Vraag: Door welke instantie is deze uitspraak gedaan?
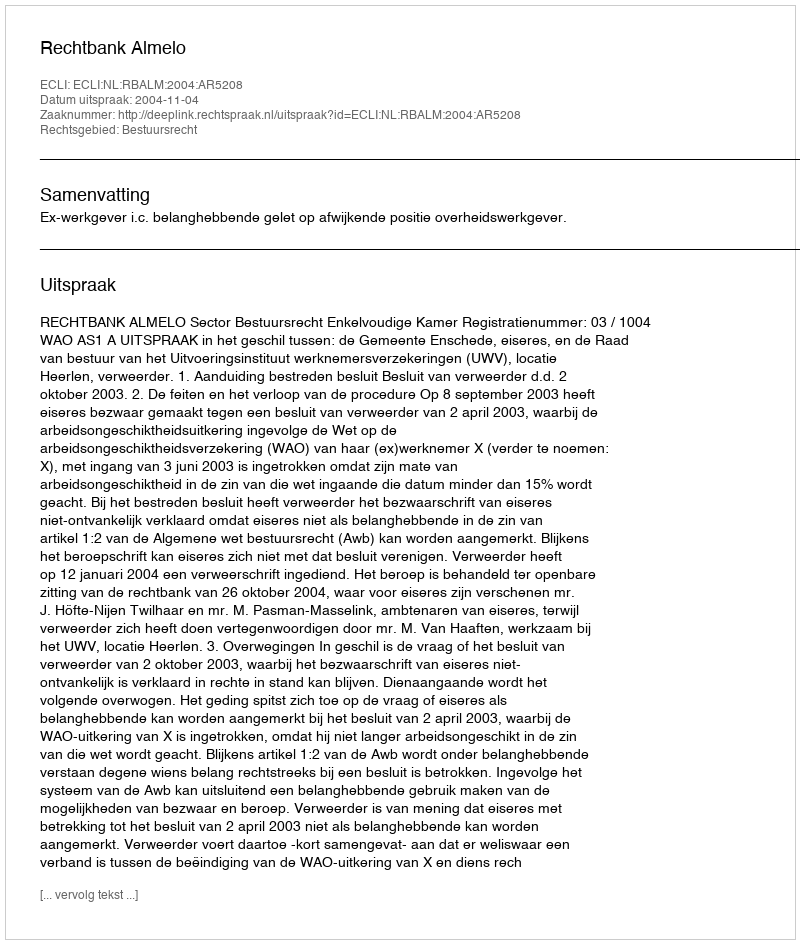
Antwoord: Rechtbank Almelo